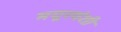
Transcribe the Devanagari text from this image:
मयूरवंशी